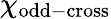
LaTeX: \chi_{\mathrm{odd-cross}}